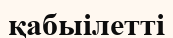
қабыілетті